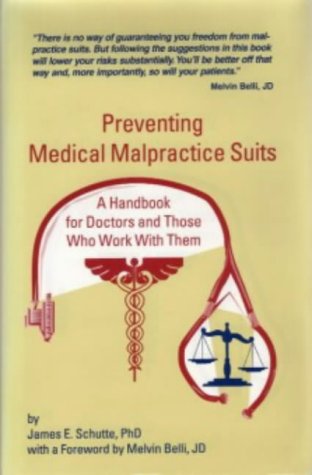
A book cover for Preventing Medical Malpractice Suits: A Handbook for Doctors and Those Who Work with Them; James E. Schutte; Law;